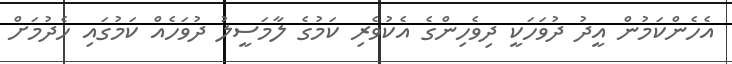
އެހެންކަމުން އީދު ދުވަހަކީ ދިވެހިންގެ އެކުވެރި ކަމުގެ ލާމަސީލު ދުވަހެއް ކަމުގައި ހެދުމަށް